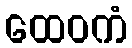
ထေဝကံ